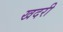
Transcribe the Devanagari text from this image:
खदरी